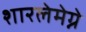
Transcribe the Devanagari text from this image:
शारलेमेग्ने